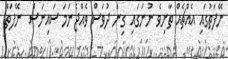
ނޭފަތުގައި އެއްޗެއް ތާށިވެ ނުނަގައި ގިނަ ދުވަސް ވެއްޖެނަމަ ސައިނަސް  ނޭފަތް